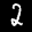
Label: 2